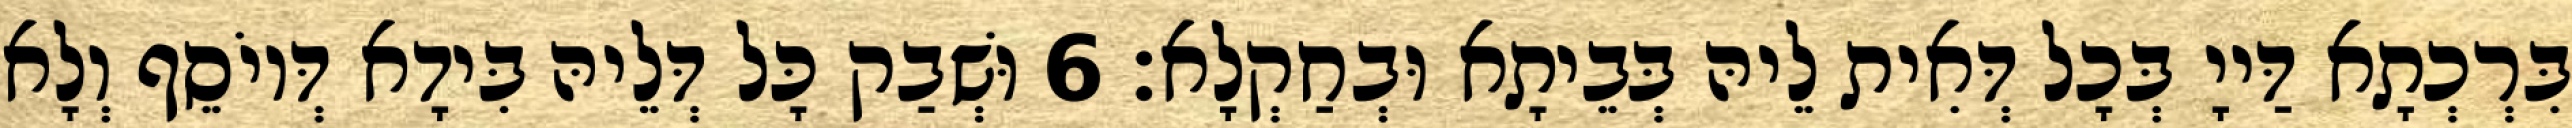
בִּרְכְתָא דַּייָ בְּכָל דְּאִית לֵיהּ בְּבֵיתָא וּבְחַקְלָא׃ 6 וּשְׁבַק כָּל דְּלֵיהּ בִּידָא דְּיוֹסֵף וְלָא